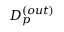
D _ { p } ^ { ( o u t ) }